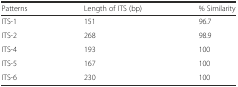
<table><thead><tr><td><b>Patterns</b></td><td><b>Length of ITS (bp)</b></td><td><b>% Similarity</b></td></tr></thead><tbody><tr><td>ITS-1</td><td>151</td><td>96.7</td></tr><tr><td>ITS-2</td><td>268</td><td>98.9</td></tr><tr><td>ITS-4</td><td>193</td><td>100</td></tr><tr><td>ITS-5</td><td>167</td><td>100</td></tr><tr><td>ITS-6</td><td>230</td><td>100</td></tr></tbody></table>